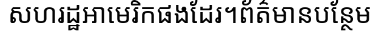
សហរដ្ឋអាមេរិកផងដែរ។ព័ត៌មានបន្ថែម